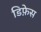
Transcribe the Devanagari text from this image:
डिफ़ेस